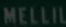
MELLIUM